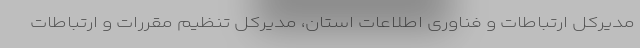
مدیرکل ارتباطات و فناوری اطلاعات استان، مدیرکل تنظیم مقررات و ارتباطات